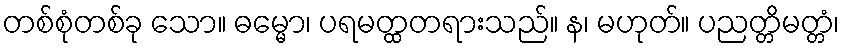
တစ်စုံတစ်ခု သော။ ဓမ္မော၊ ပရမတ္ထတရားသည်။ န၊ မဟုတ်။ ပညတ္တိမတ္တံ၊